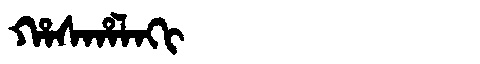
Manchu: ᡥᠠᠰᡥᠠᠯᠠᡴᡳ
Romanization: HASHALAKI